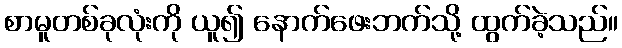
စာမူတစ်ခုလုံးကို ယူ၍ နောက်ဖေးဘက်သို့ ထွက်ခဲ့သည်။